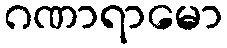
ဂဏာရာမော